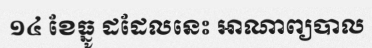
១៤ ខែធ្នូ ដដែលនេះ អាណាព្យបាល